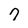
Character: 7